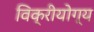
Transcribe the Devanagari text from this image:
विक्रीयोग्य